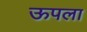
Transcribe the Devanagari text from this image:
ऊपला